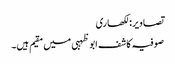
تصاویر: لکھاری
صوفیہ کاشف ابو ظہبی میں مقیم ہیں۔